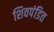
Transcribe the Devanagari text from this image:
शिवपंडित